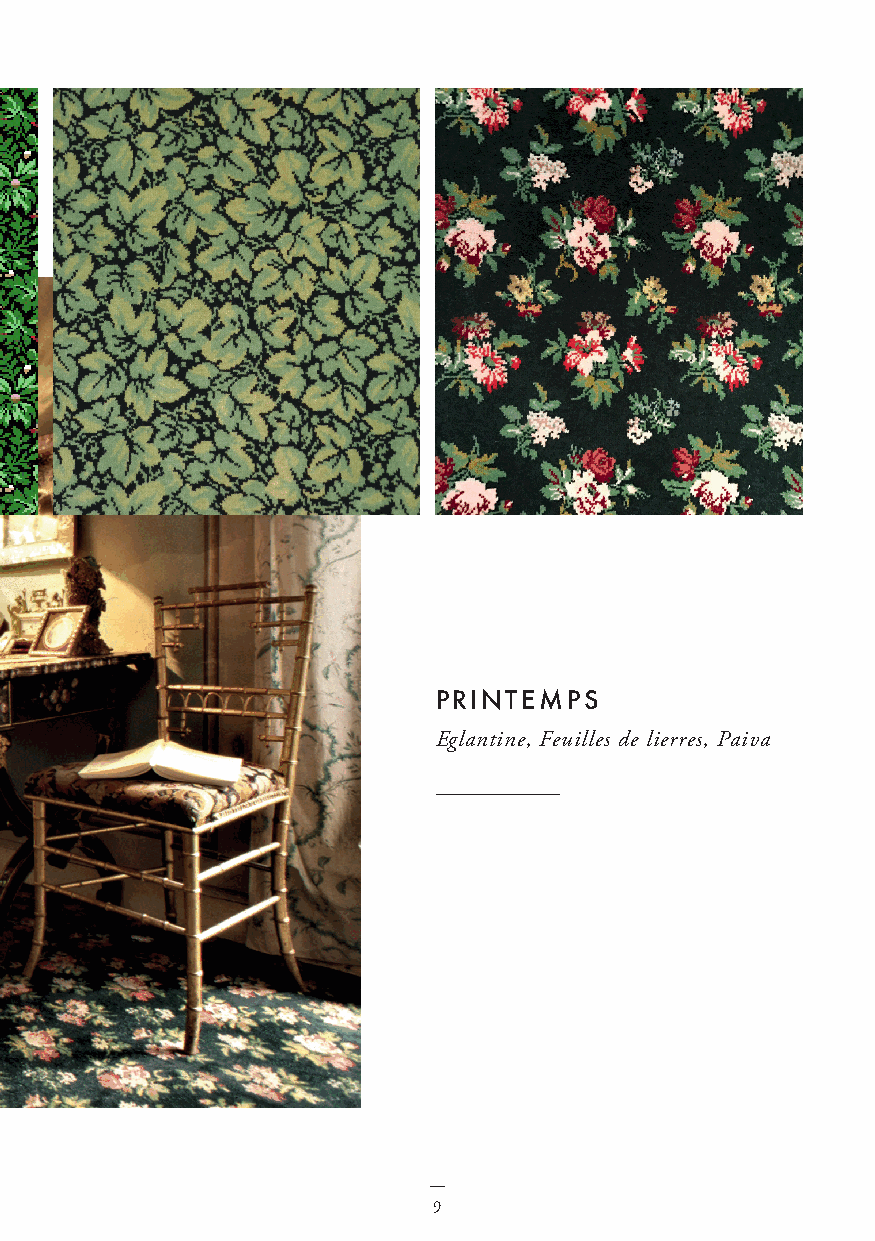
printemps
 Eglantine, Feuilles de lierres, Paiva
 NP                           9